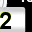
Digit: 2